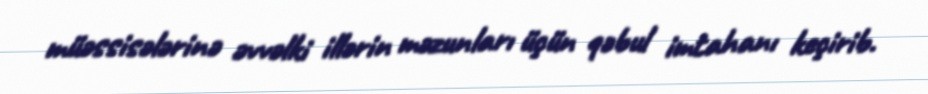
müəssisələrinə əvvəlki illərin məzunları üçün qəbul imtahanı keçirib.